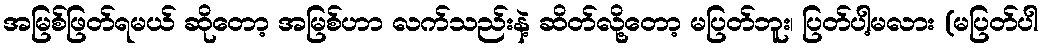
အမြစ်ဖြတ်ရမယ် ဆိုတော့ အမြစ်ဟာ လက်သည်းနဲ့ ဆိတ်လို့တော့ မပြတ်ဘူး၊ ပြတ်ပါ့မလား (မပြတ်ပါ